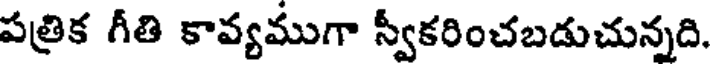
పత్రిక గీతి కావ్యముగా స్వీకరించబడుచున్నది.